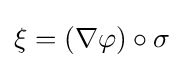
\xi =\left(\nabla \varphi \right)\circ \sigma